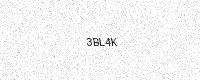
Text: 3BL4K